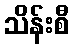
သိန်းစီ